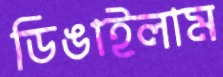
ডিঙাইলাম